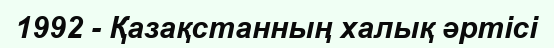
1992 - Қазақстанның халық әртісі